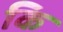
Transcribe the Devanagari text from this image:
कि